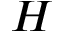
H